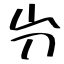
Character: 屶